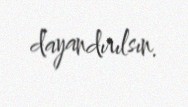
dayandırılsın.